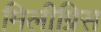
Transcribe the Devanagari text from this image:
मिलीग्रिस